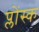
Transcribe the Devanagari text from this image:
प्लोंस्क